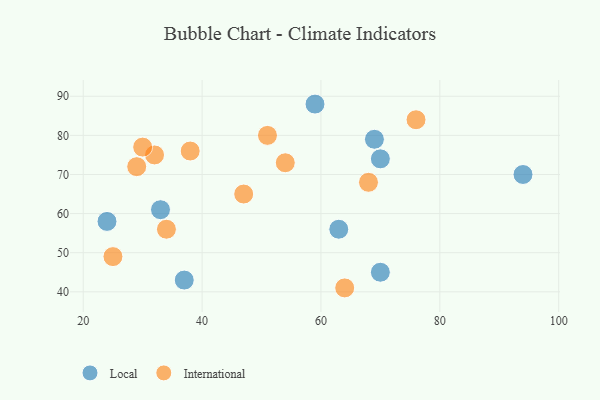
{"axis": {"x": "GDP", "y": "Life Expectancy"}, "legend": ["International", "Local"], "data": [{"x": "33", "y": 61, "type": "Local"}, {"x": "70", "y": 45, "type": "Local"}, {"x": "94", "y": 70, "type": "Local"}, {"x": "70", "y": 74, "type": "Local"}, {"x": "69", "y": 79, "type": "Local"}, {"x": "37", "y": 43, "type": "Local"}, {"x": "59", "y": 88, "type": "Local"}, {"x": "63", "y": 56, "type": "Local"}, {"x": "24", "y": 58, "type": "Local"}, {"x": "29", "y": 72, "type": "International"}, {"x": "34", "y": 56, "type": "International"}, {"x": "38", "y": 76, "type": "International"}, {"x": "32", "y": 75, "type": "International"}, {"x": "64", "y": 41, "type": "International"}, {"x": "51", "y": 80, "type": "International"}, {"x": "54", "y": 73, "type": "International"}, {"x": "25", "y": 49, "type": "International"}, {"x": "68", "y": 68, "type": "International"}, {"x": "30", "y": 77, "type": "International"}, {"x": "76", "y": 84, "type": "International"}, {"x": "47", "y": 65, "type": "International"}]}